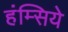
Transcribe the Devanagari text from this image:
हंम्सिये